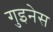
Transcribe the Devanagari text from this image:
गुइनेस